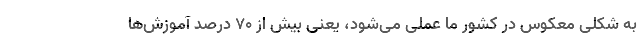
به شکلی معکوس در کشور ما عملی می‌شود، یعنی بیش از ۷۰ درصد آموزش‌ها